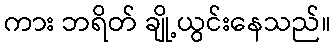
ကား ဘရိတ် ချို့ယွင်းနေသည်။